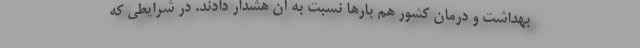
بهداشت و درمان کشور هم بارها نسبت به آن هشدار دادند. در شرایطی که